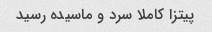
پیتزا کاملا سرد و ماسیده رسید